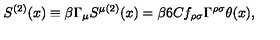
S ^ { ( 2 ) } ( x ) \equiv \beta \Gamma _ { \mu } S ^ { \mu ( 2 ) } ( x ) = \beta 6 C f _ { \rho \sigma } \Gamma ^ { \rho \sigma } \theta ( x ) ,